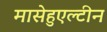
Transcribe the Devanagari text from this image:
मासेहुएल्टीन